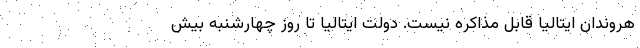
هروندان ایتالیا قابل مذاکره نیست. دولت ایتالیا تا روز چهارشنبه بیش